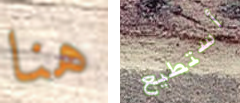
هنا أستطيع